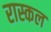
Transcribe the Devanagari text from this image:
रास्कल